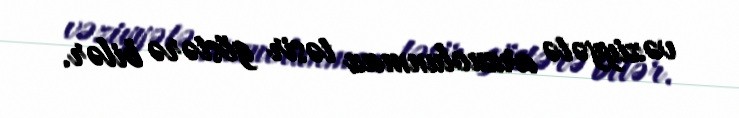
vəziyyətə arzuolunmaz təsir göstərə bilər.